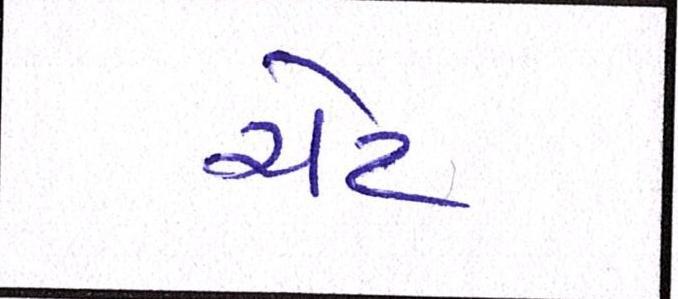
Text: ચેટ